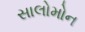
સાલોમોન